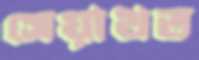
সেয়াখত